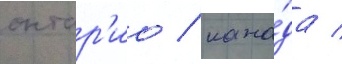
онтар'ио / кана́да /